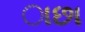
ાછા